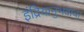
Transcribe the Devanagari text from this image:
इंद्रियानुभवाचा